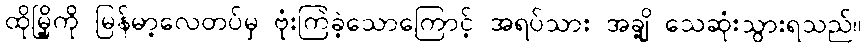
ထိုမြို့ကို မြန်မာ့လေတပ်မှ ဗုံးကြဲခဲ့သောကြောင့် အရပ်သား အချို့ သေဆုံးသွားရသည်။